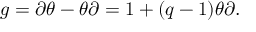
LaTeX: g = \partial \theta - \theta \partial = 1 + ( q - 1 ) \theta \partial .